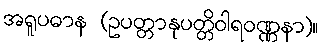
အရူပဓာန (ဥပတ္တာနုပတ္တိဝါရဝဏ္ဏနာ)။